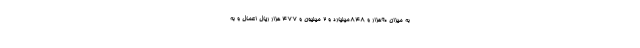
به میزان 90هزار و 848میلیارد و 2 میلیون و 477 هزار ریال اعمال و به